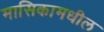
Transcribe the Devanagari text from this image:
मासिकामधील